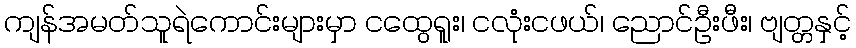
ကျန်အမတ်သူရဲကောင်းများမှာ ငထွေရူး၊ ငလုံးငဖယ်၊ ညောင်ဦးဖီး၊ ဗျတ္တနှင့်